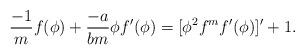
LaTeX: \begin{align*} \frac{-1}{m}f(\phi)+\frac{-a}{bm}\phi f'(\phi)=[\phi^2f^mf'(\phi)]'+1.\end{align*}